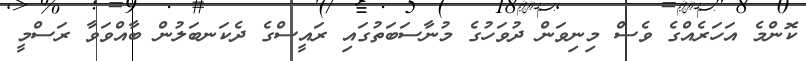
ކޮންމެ އަހަރެއްގެ ވެސް މިނިވަން ދުވަހުގެ މުނާސަބަތުގައި ރައީސްގެ ދެކަނބަލުން ބާއްވަވާ ރަސްމީ